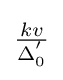
\textstyle {\frac {kv}{\Delta _{0}^{'}}}